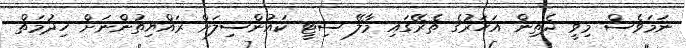
ނަމަވެސް މިވީ ދެތިން އަހަރުގެ ތެރޭގައި މާލޭ ސިޓީ ކައުންސިލަށް ރައްޔިތުންނަށް ހިދުމަތް